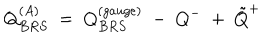
LaTeX: Q _ { B R S } ^ { ( A ) } ~ = ~ Q _ { B R S } ^ { ( g a u g e ) } ~ - ~ Q ^ { - } ~ + ~ { \tilde { Q } } ^ { + }